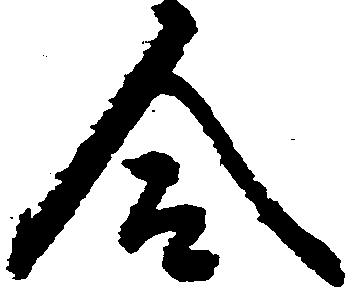
合